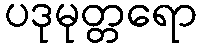
ပဒုမုတ္တရော